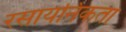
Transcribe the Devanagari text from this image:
रसायनिकता